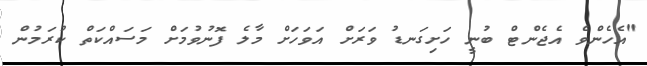
"އެހެންވެ އެޖެންޓް ބުނީ ހަށިގަނޑު ވަރަށް އަވަހަށް މާލެ ފޮނުވުމަށް މަސައްކަތް ކުރަމުން